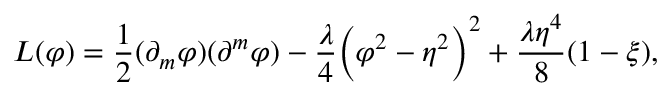
{ \cal L } ( \varphi ) = \frac { 1 } { 2 } ( \partial _ { m } \varphi ) ( \partial ^ { m } \varphi ) - \frac { \lambda } { 4 } \biggl ( \varphi ^ { 2 } - \eta ^ { 2 } \biggr ) ^ { 2 } + \frac { \lambda \eta ^ { 4 } } { 8 } ( 1 - \xi ) ,